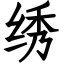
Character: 绣